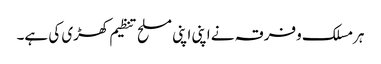
ہرمسلک وفرقہ نے اپنی اپنی مسلح تنظیم کھڑی کی ہے۔